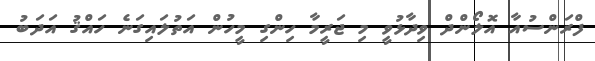
ފްރަންސުއާ އޮލޯންދް ވިދާޅުވީ މި ޖަރީމާ ހިންގި މީހުން އަތުލައިގަނެ ހައްޤު އަދަބު